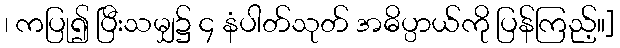
၊ ကပြု၍ ပြီးသမျှ၌ ၄ နံပါတ်သုတ် အဓိပ္ပာယ်ကို ပြန်ကြည့်။]